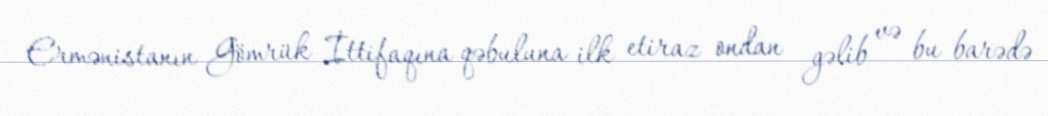
Ermənistanın Gömrük İttifaqına qəbuluna ilk etiraz ondan gəlib və bu barədə